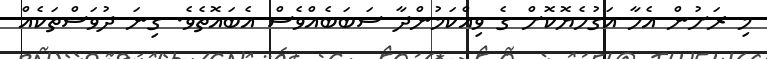
މި ރަށުން އެހާ އަގުހެޔޮކޮށް ގެ ވިއްކަމުންދާ ސަބަބެއްވެސް އެބައޮތެވެ. ގިނަ ދުވަސްތަކެއް